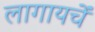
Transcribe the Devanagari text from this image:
लागायचें